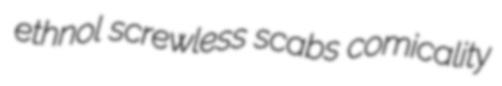
ethnol screwless scabs comicality